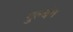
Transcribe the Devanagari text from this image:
गुल्बंग